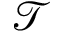
\mathcal { T }